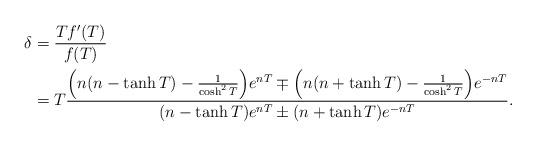
LaTeX: \begin{align*}\delta &= \frac{Tf'(T)}{f(T)}\\&=T\frac{\Big(n(n-\tanh{T})-\frac{1}{\cosh^2{T}}\Big) e^{nT}\mp\Big(n(n+\tanh{T})-\frac{1}{\cosh^2{T}}\Big) e^{-nT}}{(n-\tanh{T})e^{nT}\pm(n+\tanh{T})e^{-nT}}.\end{align*}